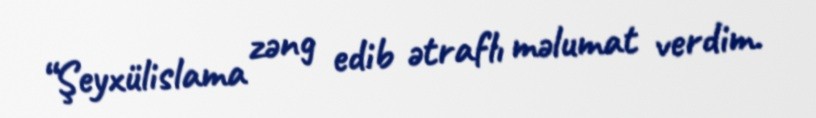
“Şeyxülislama zəng edib ətraflı məlumat verdim.